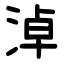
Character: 淖